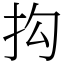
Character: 抅